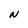
Character: N